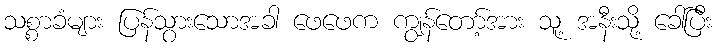
သစ္စာခံများ ပြန်သွားသောအခါ ဖေဖေက ကျွန်တော့်အား သူ့ အနီးသို့ ခေါ်ပြီး